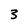
Character: 3